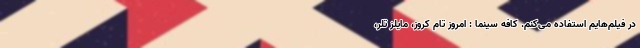
در فیلم‌هایم استفاده می‌کنم. کافه سینما : امروز تام کروز، مایلز تلر،